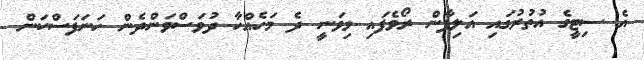
އެ ސިޓީގެ އުުތުރުގައި އަލިފާން ރޯވެފައި މިވަނީ ދެ މަހެއްހާ ދުވަސްވަންދެން ހަނަފަސްކަން